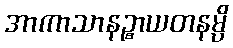
အာကာသာနဉ္စာယတနမ္ပိ